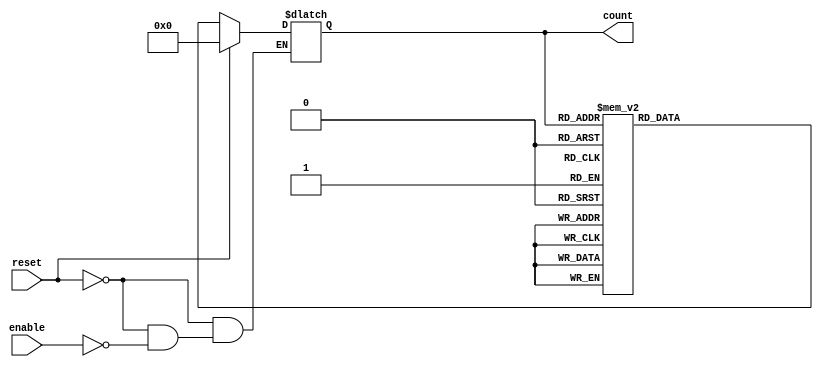
module dynamic_asynchronous_counter (
    input wire enable,      // Enable signal
    input wire reset,       // Asynchronous reset signal
    output reg [3:0] count  // 4-bit counter output
);

// Asynchronous reset and counting logic
always @(*) begin
    if (reset) begin
        count = 4'b0000; // Reset counter to 0
    end else if (enable) begin
        // Counting logic
        case (count)
            4'b0000: count = 4'b0001;
            4'b0001: count = 4'b0010;
            4'b0010: count = 4'b0011;
            4'b0011: count = 4'b0100;
            4'b0100: count = 4'b0101;
            4'b0101: count = 4'b0110;
            4'b0110: count = 4'b0111;
            4'b0111: count = 4'b1000;
            4'b1000: count = 4'b1001;
            4'b1001: count = 4'b1010;
            4'b1010: count = 4'b1011;
            4'b1011: count = 4'b1100;
            4'b1100: count = 4'b1101;
            4'b1101: count = 4'b1110;
            4'b1110: count = 4'b1111;
            4'b1111: count = 4'b0000; // Wrap around
            default: count = 4'b0000; // Default case
        endcase
    end
end

endmodule